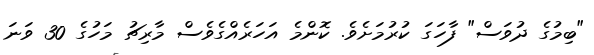
"ބިމުގެ ދުވަސް" ފާހަގަ ކުރުމަށެވެ. ކޮންމެ އަހަރެއްގެވެސް މާރިޗު މަހުގެ 30 ވަނަ